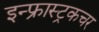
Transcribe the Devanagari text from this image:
इन्फ्रास्ट्रकचर